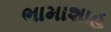
ભામાશાહ